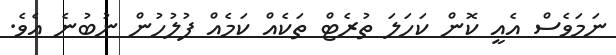
ނަމަވެސް އެއީ ކޮން ކަހަލަ ތުރެޓް ތަކެއް ކަމެއް ފުލުހުން ނުބުނެ އެވެ.